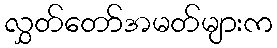
လွှတ်တော်အမတ်များက